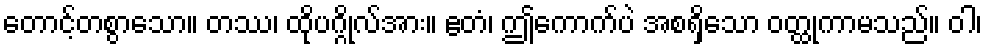
တောင့်တစွာသော။ တဿ၊ ထိုပဂ္ဂိုလ်အား။ ဧတံ၊ ဤကောက်ပဲ အစရှိသော ဝတ္ထုကာမသည်။ ဝါ၊